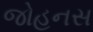
જોહનસ